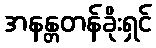
အနန္တတန်ခိုးရှင်